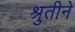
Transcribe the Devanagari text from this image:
श्रुतीने